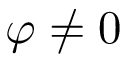
\varphi \neq 0